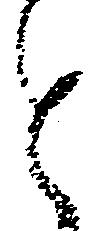
と